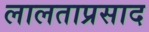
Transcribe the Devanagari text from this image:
लालताप्रसाद